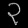
Digit: ၃